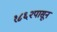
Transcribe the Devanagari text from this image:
१८६२पासून